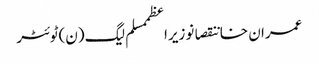
عمران خاننقصانوزیراعظممسلم لیگ (ن)ٹوئٹر